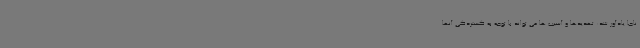
ناجا یادآور شد: تهدیدها و آسیب ها می تواند با توجه به گستردگی آنها